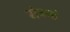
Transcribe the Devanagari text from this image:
मंत्रनो